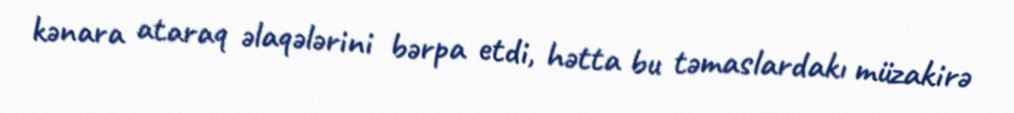
kənara ataraq əlaqələrini bərpa etdi, hətta bu təmaslardakı müzakirə